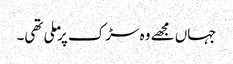
جہاں مجھے وہ سڑک پر ملی تھی۔